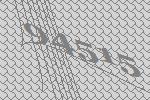
94515